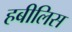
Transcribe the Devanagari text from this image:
हबीलिस